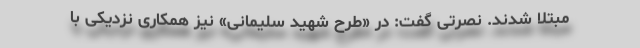
مبتلا شدند. نصرتی گفت: در «طرح شهید سلیمانی» نیز همکاری نزدیکی با